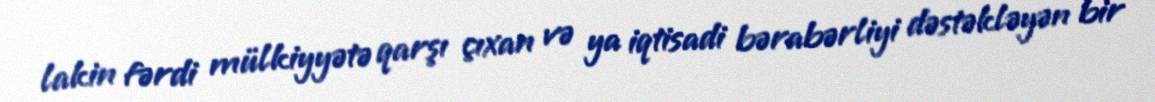
lakin fərdi mülkiyyətə qarşı çıxan və ya iqtisadi bərabərliyi dəstəkləyən bir